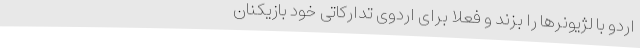
اردو با لژیونرها را بزند و فعلا برای اردوی تدارکاتی خود بازیکنان